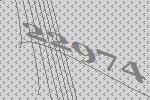
22974